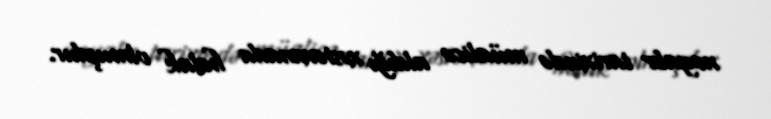
noyabr tarixində müalicə aldığı xəstəxanada həlak olmuşdur.